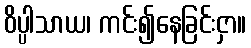
ဝိပ္ပါသာယ၊ ကင်း၍နေခြင်းငှာ။